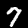
Label: 7